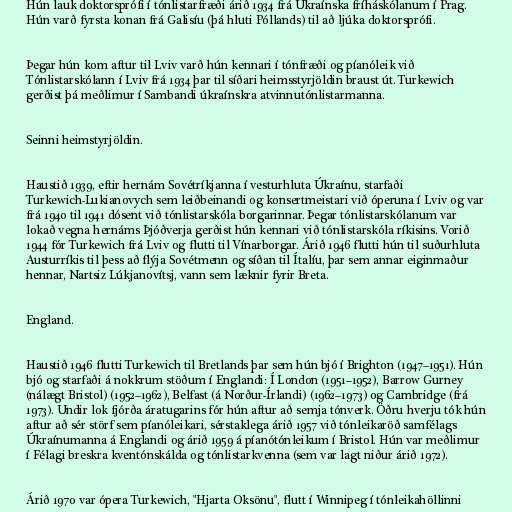
Hún lauk doktorsprófi í tónlistarfræði árið 1934 frá Úkraínska fríháskólanum í Prag.
Hún varð fyrsta konan frá Galisíu (þá hluti Póllands) til að ljúka doktorsprófi.

Þegar hún kom aftur til Lviv varð hún kennari í tónfræði og píanóleik við
Tónlistarskólann í Lviv frá 1934 þar til síðari heimsstyrjöldin braust út. Turkewich
gerðist þá meðlimur í Sambandi úkraínskra atvinnutónlistarmanna.

Seinni heimstyrjöldin.

Haustið 1939, eftir hernám Sovétríkjanna í vesturhluta Úkraínu, starfaði
Turkewich-Lukianovych sem leiðbeinandi og konsertmeistari við óperuna í Lviv og var
frá 1940 til 1941 dósent við tónlistarskóla borgarinnar. Þegar tónlistarskólanum var
lokað vegna hernáms Þjóðverja gerðist hún kennari við tónlistarskóla ríkisins. Vorið
1944 fór Turkewich frá Lviv og flutti til Vínarborgar. Árið 1946 flutti hún til suðurhluta
Austurríkis til þess að flýja Sovétmenn og síðan til Ítalíu, þar sem annar eiginmaður
hennar, Nartsiz Lúkjanovítsj, vann sem læknir fyrir Breta.

England.

Haustið 1946 flutti Turkewich til Bretlands þar sem hún bjó í Brighton (1947–1951). Hún
bjó og starfaði á nokkrum stöðum í Englandi: Í London (1951–1952), Barrow Gurney
(nálægt Bristol) (1952–1962), Belfast (á Norður-Írlandi) (1962–1973) og Cambridge (frá
1973). Undir lok fjórða áratugarins fór hún aftur að semja tónverk. Öðru hverju tók hún
aftur að sér störf sem píanóleikari, sérstaklega árið 1957 við tónleikaröð samfélags
Úkraínumanna á Englandi og árið 1959 á píanótónleikum í Bristol. Hún var meðlimur
í Félagi breskra kventónskálda og tónlistarkvenna (sem var lagt niður árið 1972).

Árið 1970 var ópera Turkewich, "Hjarta Oksönu", flutt í Winnipeg í tónleikahöllinni